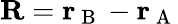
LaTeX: \textbf{R}=\textbf{r}_{\mathrm{~B~}}-\textbf{r}_{\mathrm{~A~}}